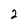
Character: 2